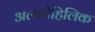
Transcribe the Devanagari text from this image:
अल्कोहिलिक